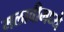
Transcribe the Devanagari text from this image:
मलावीमध्ये